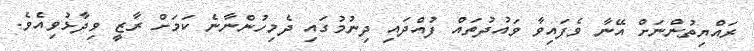
ރައްޔިތުންނަށް އޭނާ ވެފައިވާ ވައުދުތައް ފުއްދައި ދިނުމުގައި ދެމިހުންނާނެ ކަމަށް ރާޒީ ވިދާޅުވިއެވެ.